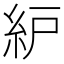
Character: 䋆